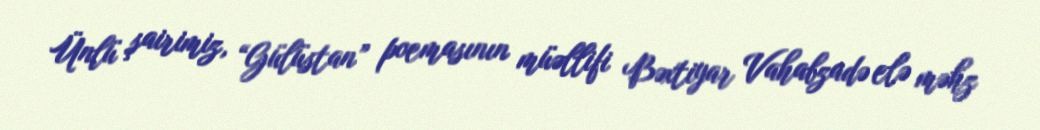
Ünlü şairimiz, “Gülüstan” poemasının müəllifi Bəxtiyar Vahabzadə elə məhz